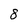
Character: 8